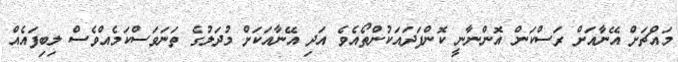
މައްޗަށް އޭނާއަށް ރަސްކަން އޮންނާނީ ކޮންފަދައަކުންތޯއެވެ އަދި އޭނާއަކަށް މުދަލުގެ ތަނަވަސްކަމެއްވެސް ލިބިފައެއް